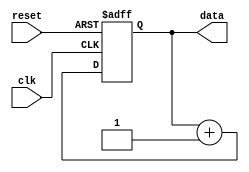
module RepeatLoop (
    input wire clk,        // Clock signal
    input wire reset,      // Reset signal to exit the loop
    output reg [7:0] data  // Output data to be modified in the loop
);

// Initialization variable
initial begin
    data = 8'h00;          // Initialize data
end

// Continuous process definition
always @(posedge clk or posedge reset) begin
    if (reset) begin
        // Handle reset condition, exiting the loop
        data <= 8'h00;      // Reset data on reset event
    end else begin
        // Repeat loop execution block
        // Insert your repeating statements here
        // Example operation: Increment data (cyclic)
        data <= data + 1;   // Increment data
        // Additional operations can be added here
    end
end

endmodule